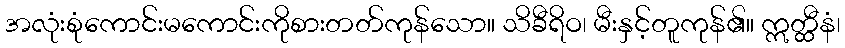
အလုံးစုံကောင်းမကောင်းကိုစားတတ်ကုန်သော။ သိခီရိဝ၊ မီးနှင့်တူကုန်၏။ ဣတ္ထီနံ၊